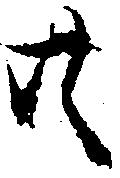
共